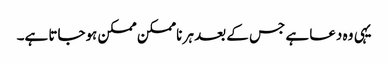
یہی وہ دعا ہے جس کے بعد ہر ناممکن ممکن ہوجاتا ہے۔